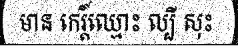
មាន កេរ្តិ៍ឈ្មោះ ល្បី សុះ